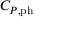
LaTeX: C _ { P , \mathrm { { p h } } }